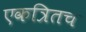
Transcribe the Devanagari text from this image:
एकत्रितच